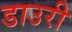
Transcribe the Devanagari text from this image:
डाउरी